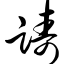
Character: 踌